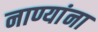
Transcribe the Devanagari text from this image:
नाण्यांना